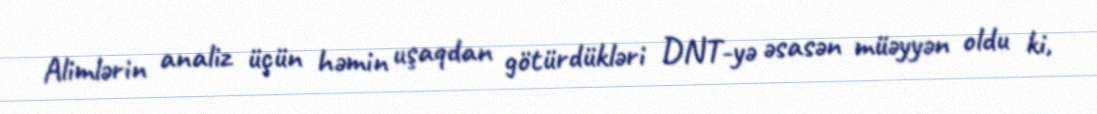
Alimlərin analiz üçün həmin uşaqdan götürdükləri DNT-yə əsasən müəyyən oldu ki,